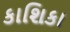
કાશિકા